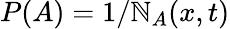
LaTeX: P(A)=1/\mathbb{N}_{A}(x,t)